Scientific memoirs by medical officers of the Army of India - Part XII,
Year: 1901
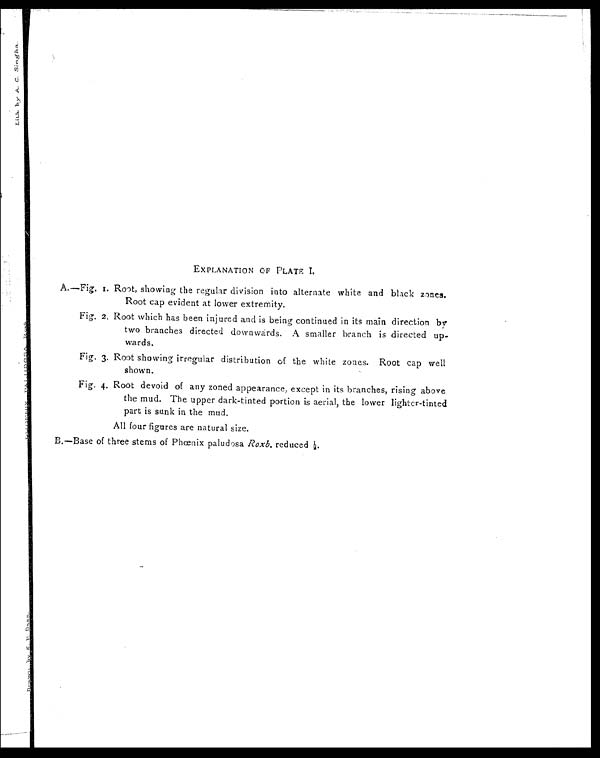
EXPLANATION OF PLATE I.
A.—Fig. 1. Root, showing the regular division into alternate white and black zones.
Root cap evident at lower extremity.
Fig. 2. Root which has been injured and is being continued in its main direction by
two branches directed downwards. A smaller branch is directed up
- w a r d s .
Fig. 3. Root showing irregular distribution of the white zones. Root cap well
shown.
Fig. 4. Root devoid of any zoned appearance, except in its branches, rising above
the mud. The upper dark-tinted portion is aerial, the lower lighter-tinted
part is sunk in the mud.
All four figures are natural size.
B.—Base of three stems of Phœnix paludosa Roxb. reduced ½.